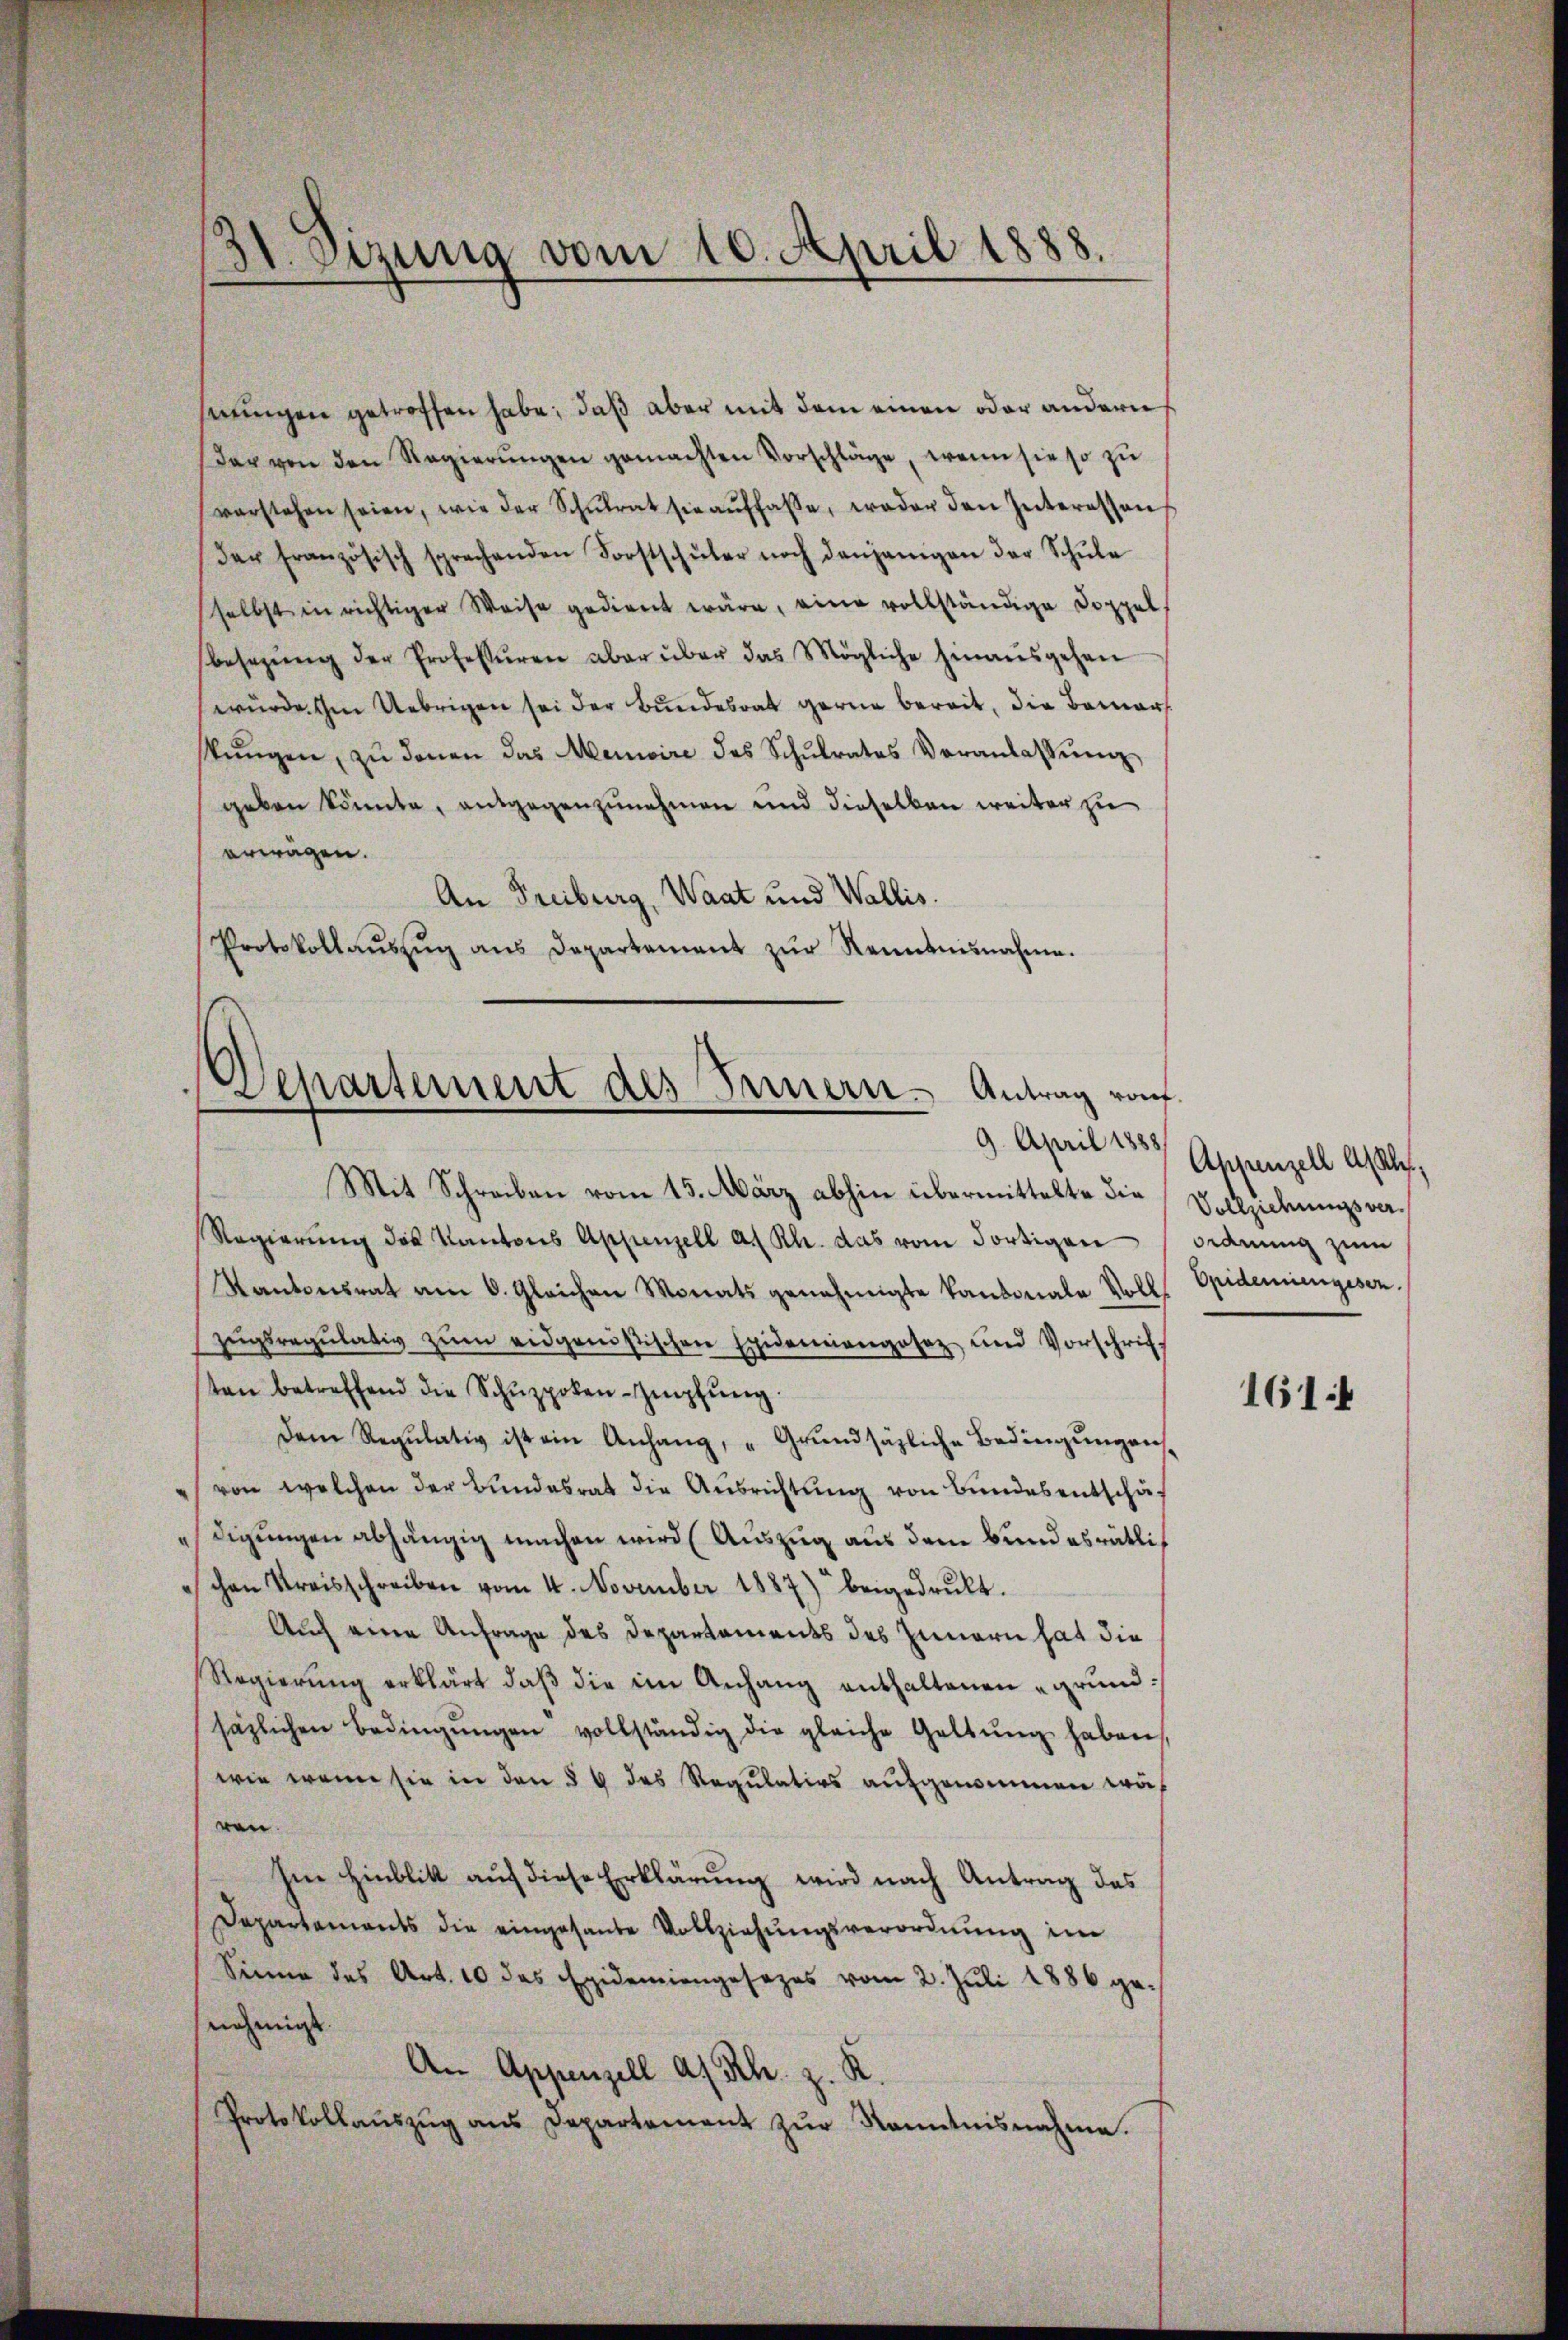
11. Sizung vom 10. April 1888.

serungen getroffen habe; daß aber mit dem einen oder andern
Der von den Regierŭngen gemachten Vorschläge, wenn sie so zu
vorstehen seien, wie der Schŭlrat sie aŭffasse, weder den Interessen
Der französisch sprechenden Forstschüler noch denjenigen der Schŭle
selbst in richtiger Weise gedient wäre, eine vollständige Doppel
besezŭng der Professuren aber über das Mögliche hinausgehen
wurde im Uebrigen sei der Bundesrat gerne bereit, die Bemerstŭngen, zŭ denen das Memoire des Schŭlrates Veranlassŭng
geben könnte, entgegenzunehmen und dieselben weiter zu
erwägen.
An Freiburg, Waat und Wallis.
Protokollaŭszŭg ans Departement zŭr Renntnisnahme.

d
Departement des Innern - Antrag rauf.

Mit Schreiben vom 13. März abhin übermittelte die
Regierŭng des Kantons Appenzell a. Rh. das vom Fortigen Ordnung zum
Kantonsrat am 6. Gleichen Monats genehmigte kantonale Voll- Opidemiengesen.
zŭgsregŭlativ zŭm eidgenössischen Exidemiengesetz und Vorschrift
sten betreffend die Schŭppoken-Impfung.
Dem Regulativ ist ein Anhang, „Grundsätzliche Bedingungen,
von welchen der Bundesrat die Ausrichtung von Bundes entschäf
digungen abhängig machen wird (Auszug aus dem Bundesrätlichen Kreisschreiben vom 4. November 1887) beigedrŭkt.
Auch eine Anfrage des Departements des Innern hat die
Regierŭng erklärt, daβ die im Anhang enthaltenen „grund:
säzlichen Bedingŭngen vollständig die gleiche Geltŭng haben,
wie wenn sie in den § 4 des Regulatios aufgenommen wä
ven.
Im Hinblik auf diese Erklärung wird nach Antrag des
Departements die eingesante Vollziehungsverordnung im
Sinne des Art. 10 das Epidemiengesezes vom 2. Juli 1886 ge-
nehmigt.
An Appenzell a. Rh. z. R.
Protokollaŭszŭg ans Departement zŭr Kenntnisnahme.

9. April 1885 Appenzell A/Rh.,
Vollziehungsver¬

1614